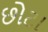
છોટા